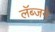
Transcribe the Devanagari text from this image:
लॅब्जने